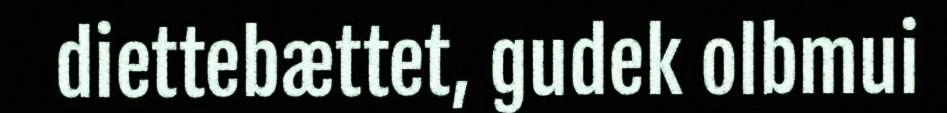
diettebættet, gudek olbmui